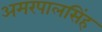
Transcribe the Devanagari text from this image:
अमरपालसिंह